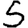
Digit: 5